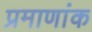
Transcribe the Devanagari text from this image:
प्रमाणांक